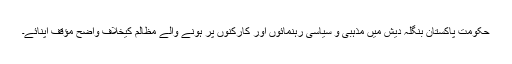
حکومت پاکستان بنگلہ دیش میں مذہبی و سیاسی رہنمائوں اور کارکنوں پر ہونے والے مظالم کیخلاف واضح مؤقف اپنائے۔